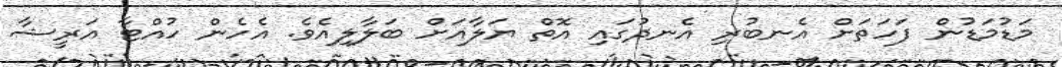
މަޑުމަޑުން ފަހަތަށް އެނބުރި އެނދުގައި އޮތް ޔަލާއަށް ބަލާލިއެވެ. އެހެން ހުއްޓާ އަރީޝާ